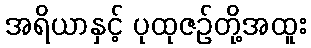
အရိယာနှင့် ပုထုဇဉ်တို့အထူး